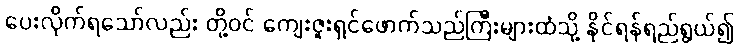
ပေးလိုက်ရသော်လည်း တို့ဝင် ကျေးဇူးရှင်ဖောက်သည်ကြီးများထံသို့ နိုင်ရန်ရည်ရွယ်၍